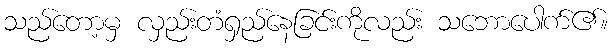
သည်တော့မှ လှည်းတံရှည်နေခြင်းကိုလည်း သဘောပေါက်၏။